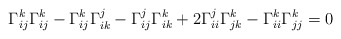
\begin{align*}\Gamma_{ij}^k\Gamma_{ij}^k- \Gamma_{ij}^k\Gamma_{ik}^j- \Gamma_{ij}^j\Gamma_{ik}^k+2\Gamma_{ii}^j\Gamma_{jk}^k-\Gamma_{ii}^k\Gamma_{jj}^k=0\end{align*}